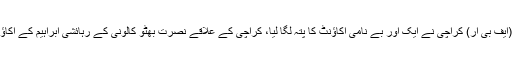
تفصیلات کے مطابق فیڈرل بورڈ آف ریونیو (ایف بی آر) کراچی نے ایک اور بے نامی اکاؤنٹ کا پتہ لگا لیا، کراچی کے علاقے نصرت بھٹو کالونی کے رہائشی ابراہیم کے اکاؤنٹ میں 36 کروڑ روپے کا انکشاف ہوا ہے۔